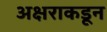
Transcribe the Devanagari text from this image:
अक्षराकडून